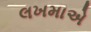
લખમાએ